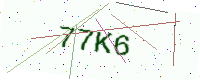
Text: 77K6